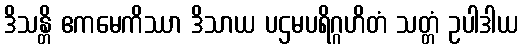
ဒိသန္တိ ဧကမေကိဿာ ဒိသာယ ပဌမပရိဂ္ဂဟိတံ သတ္တံ ဥပါဒါယ